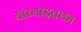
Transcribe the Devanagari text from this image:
यांच्याइतका